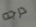
درجه